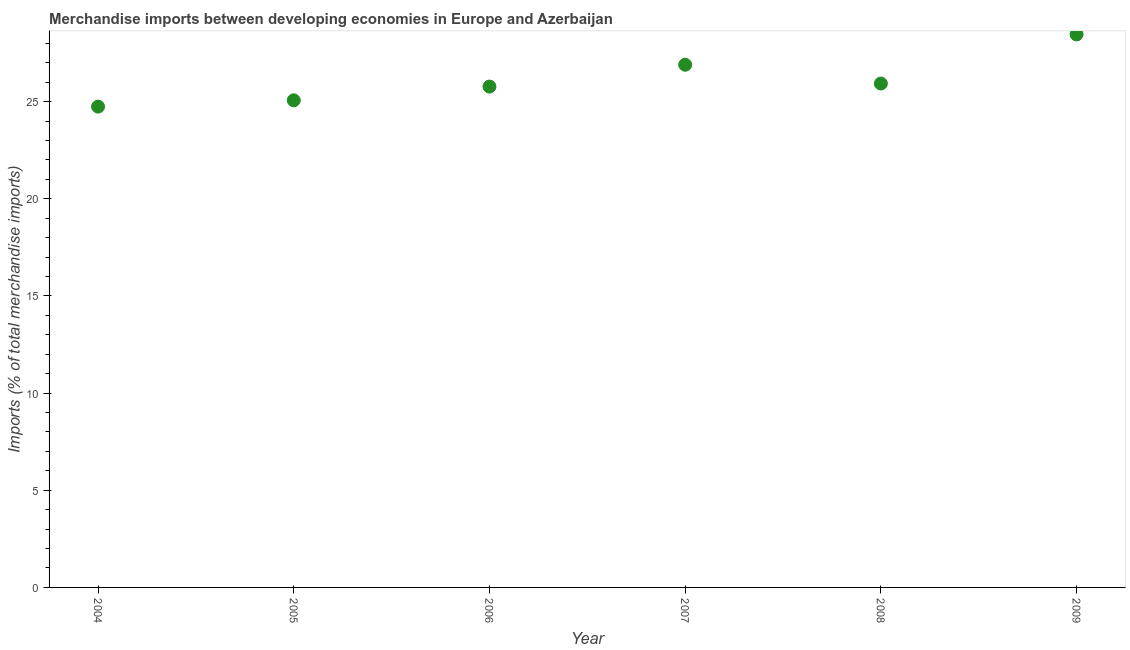
| Year | Merchandise imports |
 | --- | --- |
 | 2004 | 24.7 |
 | 2005 | 25.1 |
 | 2006 | 25.8 |
 | 2007 | 26.9 |
 | 2008 | 25.9 |
 | 2009 | 28.5 |